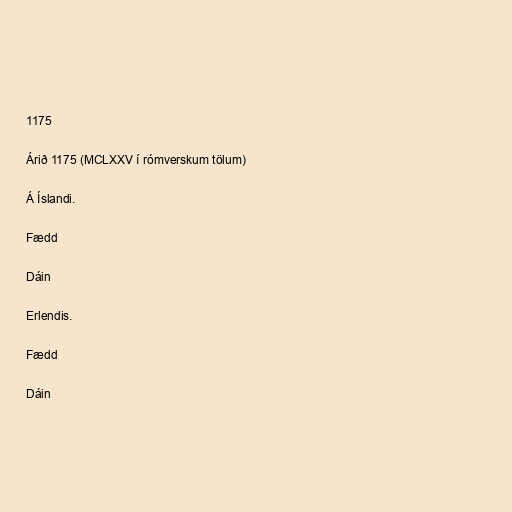
1175

Árið 1175 (MCLXXV í rómverskum tölum)

Á Íslandi.

Fædd

Dáin

Erlendis.

Fædd

Dáin